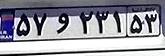
۵۷و۲۳۱۵۳